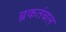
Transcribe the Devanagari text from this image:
ब्रकतंबल